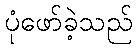
ပုံဖော်ခဲ့သည်